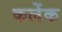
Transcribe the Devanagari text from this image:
कलेंक